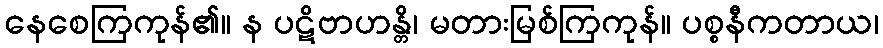
နေစေကြကုန်၏။ န ပဋိဗာဟန္တိ၊ မတားမြစ်ကြကုန်။ ပစ္စနီကတာယ၊